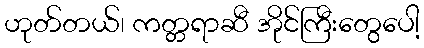
ဟုတ်တယ်၊ ကတ္တရာဆီ အိုင်ကြီးတွေပေါ့